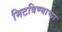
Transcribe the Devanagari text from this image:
मिटविण्याच्या